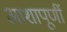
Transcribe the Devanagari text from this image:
आशापूर्णी